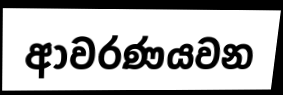
ආවරණයවන